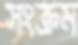
সংক্রম